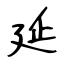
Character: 延